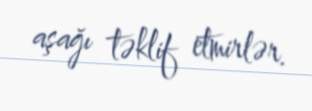
aşağı təklif etmirlər.